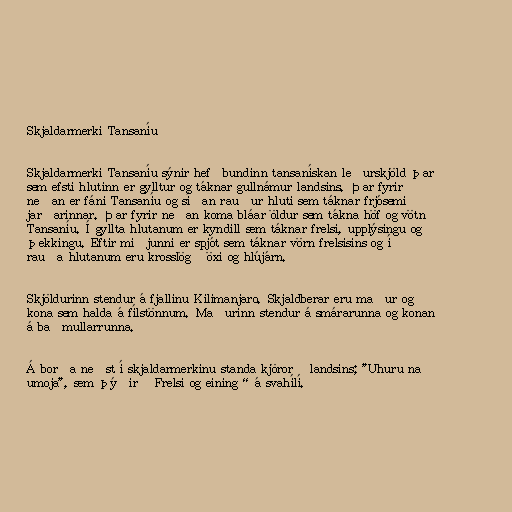
Skjaldarmerki Tansaníu

Skjaldarmerki Tansaníu sýnir hefðbundinn tansanískan leðurskjöld þar
sem efsti hlutinn er gylltur og táknar gullnámur landsins. Þar fyrir
neðan er fáni Tansaníu og síðan rauður hluti sem táknar frjósemi
jarðarinnar. Þar fyrir neðan koma bláar öldur sem tákna höf og vötn
Tansaníu. Í gyllta hlutanum er kyndill sem táknar frelsi, upplýsingu og
þekkingu. Eftir miðjunni er spjót sem táknar vörn frelsisins og í
rauða hlutanum eru krosslögð öxi og hlújárn.

Skjöldurinn stendur á fjallinu Kilimanjaro. Skjaldberar eru maður og
kona sem halda á fílstönnum. Maðurinn stendur á smárarunna og konan
á baðmullarrunna.

Á borða neðst í skjaldarmerkinu standa kjörorð landsins; "Uhuru na
umoja", sem þýðir „Frelsi og eining“ á svahílí.